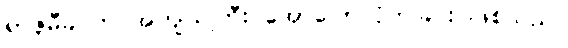
ရာဇူမီခင်က အကျယ်ကြီး အော်ပြောလိုက်ခြင်း ဖြစ်သည်။